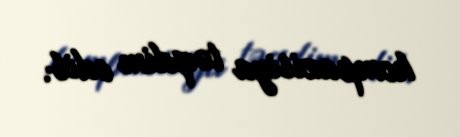
kompazisiya təqdim edib.